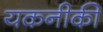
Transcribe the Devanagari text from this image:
यकनीकी